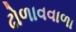
ઢોળાવવાળા